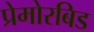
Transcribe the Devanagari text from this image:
प्रेमोरबिड